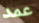
عمد